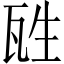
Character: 𤬸